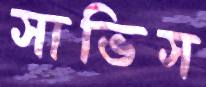
সাভিস